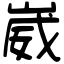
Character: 崴